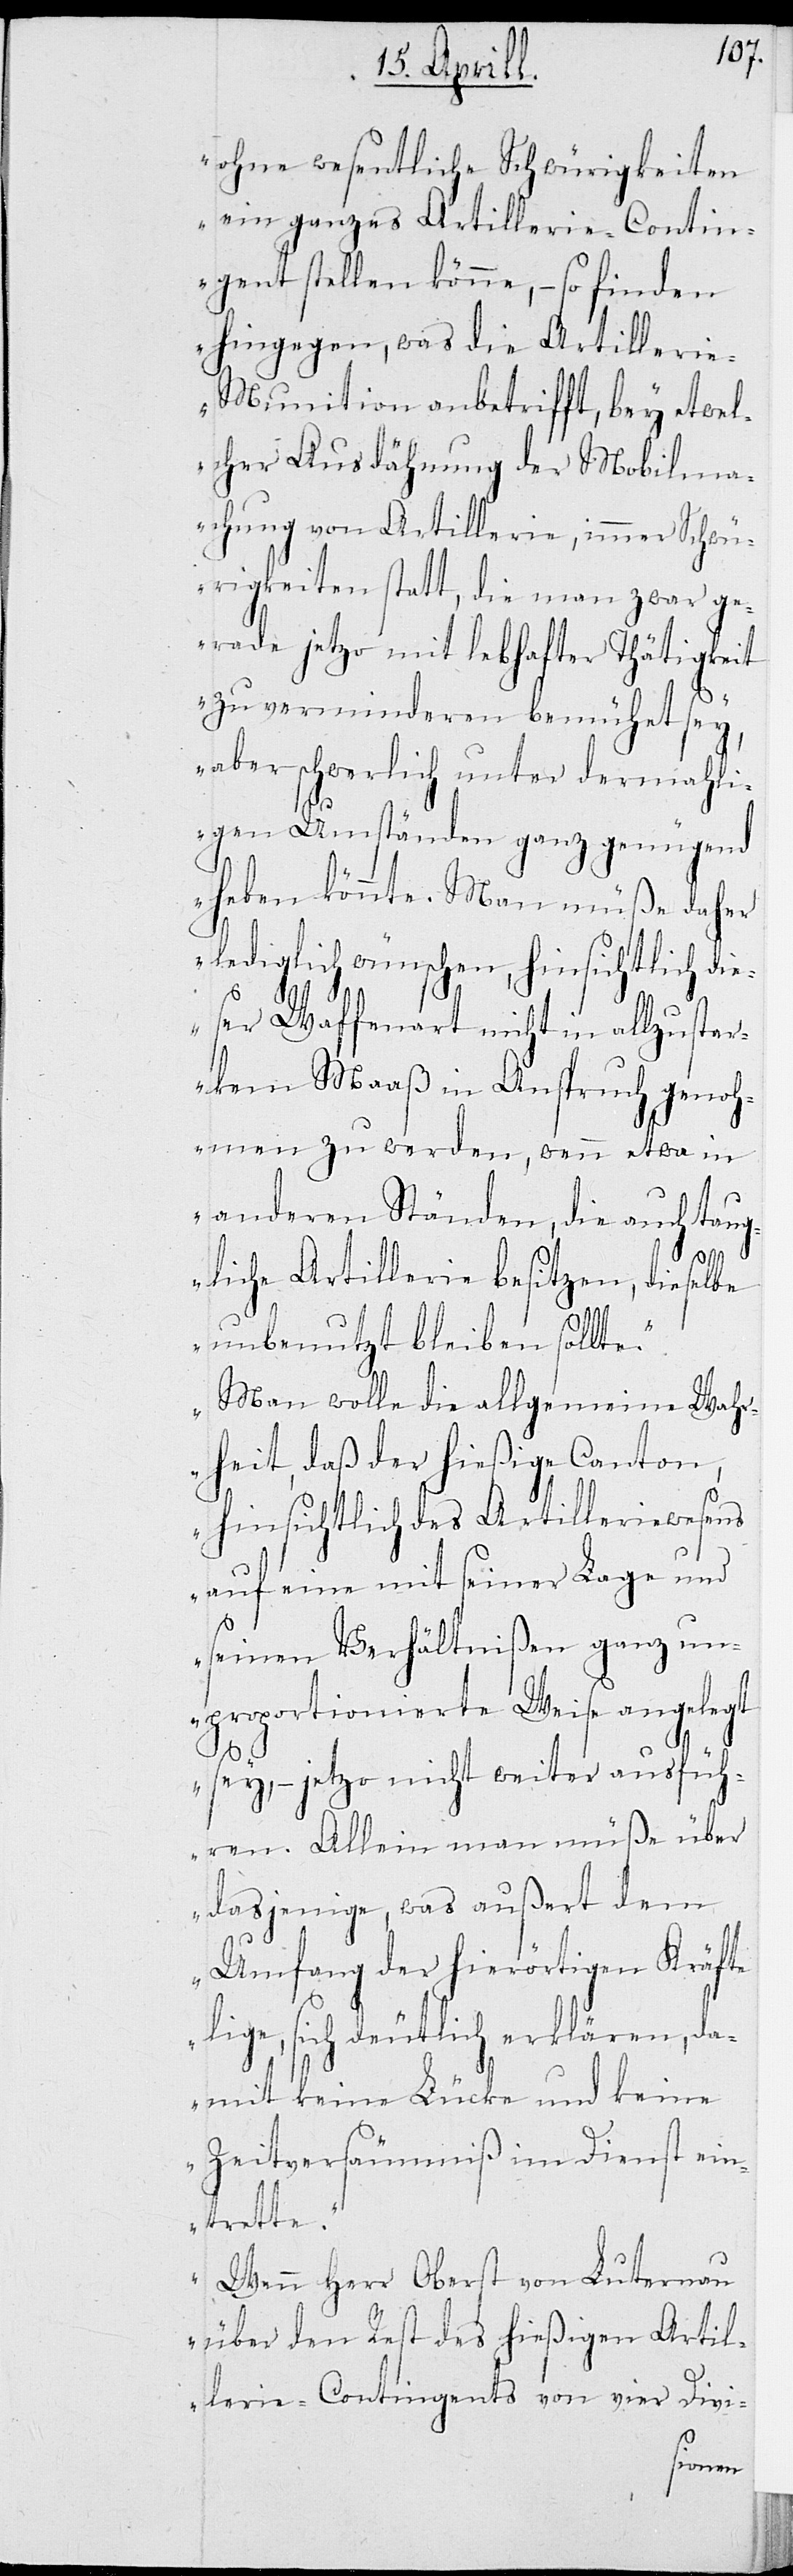
ohne wesentliche Schwierigkeiten
ein ganzes Artillerie-Contin¬
gent stellen könne, – so finden
hingegen, was die Artilleri¬
e-Munition anbetrifft, bey etwel¬
cher Ausdähnung der Mobilma¬
chung von Artillerie, immer Schwü¬
rigkeiten statt, die man zwar ge¬
rade jetzo mit lebhafter Thätigkeit
zu verminderen bemüht sey,
aber schwerlich unter dermahli¬
gen Umständen ganz genügend
haben könnte. Man müße daher
lediglich wünschen, hinsichtlich die¬
ser Waffenart nicht in allzustar¬
kem Maaß in Anspruch genoh¬
men zu werden, wenn etwa in
anderen Ständen, die auch taug¬
liche Artillerie besitzen, dieselbe
unbenutzt bleiben sollte.
Man wolle die allgemeine Wah¬
rheit, daß der hießige Canton,
hinsichtlich des Artilleriewesens
auf eine mit seiner Lage und
seinen Verhältnißen ganz un¬
proportionierte Weise angelegt
hren. Allein man müße über
dasjenige, was außert dem
Umfang der hierörtigen Kräfte
lige, sich deutlich erklären, da¬
mit keine Lücke und keine
Zeitversäumnis im Dienst ein¬
trette.
Wenn Herr Oberst von Luternau
über den Rest des hießigen Artil¬
lerie-Contingents von vier Divi-
ausfü¬